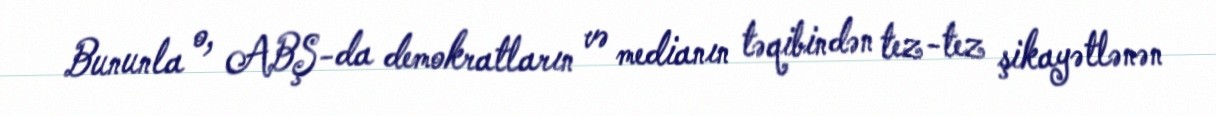
Bununla o, ABŞ-da demokratların və medianın təqibindən tez-tez şikayətlənən